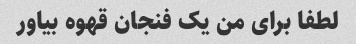
لطفا برای من یک فنجان قهوه بیاور